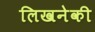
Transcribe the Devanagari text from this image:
लिखनेकी